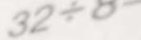
3 2 \div 8